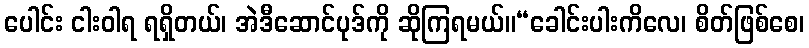
ပေါင်း ငါးဝါရ ရရှိတယ်၊ အဲဒီဆောင်ပုဒ်ကို ဆိုကြရမယ်။“ခေါင်းပါးကိလေ၊ စိတ်ဖြစ်စေ၊